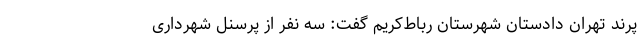
پرند تهران دادستان شهرستان رباط‌کریم گفت: سه نفر از پرسنل شهرداری